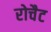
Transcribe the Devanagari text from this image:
रोचैट